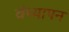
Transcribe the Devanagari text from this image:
वंध्यापन